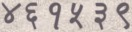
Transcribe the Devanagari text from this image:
४६१५३९